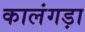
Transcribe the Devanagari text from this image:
कालंगड़ा